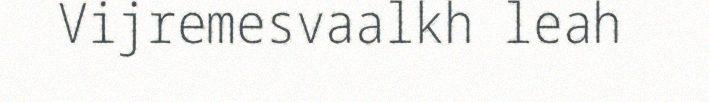
Vijremesvaalkh leah